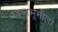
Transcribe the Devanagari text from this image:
स्वप्नभूमीला